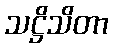
သဋ္ဌိသိတာ